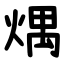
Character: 㷒